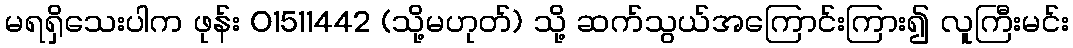
မရရှိသေးပါက ဖုန်း 01511442 (သို့မဟုတ်) သို့ ဆက်သွယ်အကြောင်းကြား၍ လူကြီးမင်း